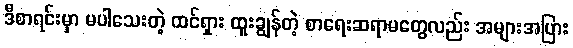
ဒီစာရင်းမှာ မပါသေးတဲ့ ထင်ရှား ထူးချွန်တဲ့ စာရေးဆရာမတွေလည်း အများအပြား